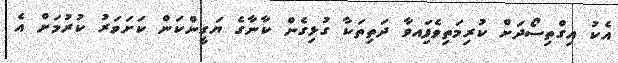
އެކު އިގްތިސޯދަށް ކުރިމަތިވެފަިއވާ ދަތިތަކާ ގުޅިގެން ކާނާގެ ޔަގީންކަން ކަށަވަރު ކުރުމަށް އެ